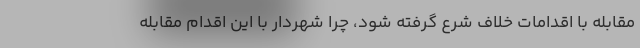
مقابله با اقدامات خلاف شرع گرفته شود، چرا شهردار با این اقدام مقابله